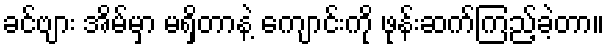
ခင်ဗျား အိမ်မှာ မရှိတာနဲ့ ကျောင်းကို ဖုန်းဆက်ကြည့်ခဲ့တာ။